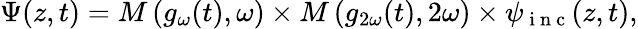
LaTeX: \Psi(z,t)=M\left(g_{\omega}(t),\omega\right)\times M\left(g_{2\omega}(t),2\omega\right)\times\psi_{\mathrm{~i~n~c~}}(z,t),